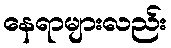
နေရာများလည်း